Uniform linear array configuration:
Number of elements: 24
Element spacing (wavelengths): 0.5
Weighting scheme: hann
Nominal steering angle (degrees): -30
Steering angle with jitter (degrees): -29.467
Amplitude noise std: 0.05
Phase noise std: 0.05

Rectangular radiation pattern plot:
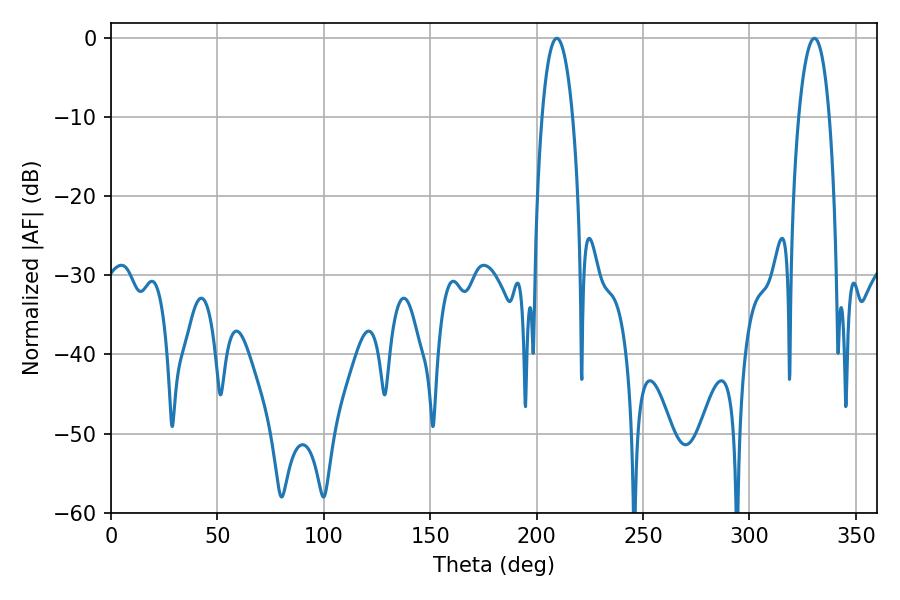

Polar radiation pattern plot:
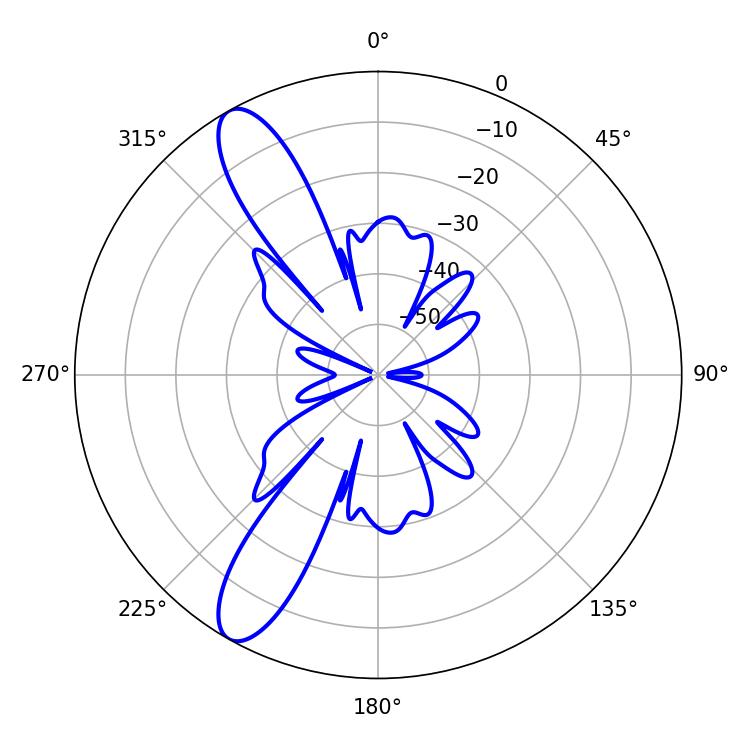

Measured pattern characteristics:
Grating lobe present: FALSE
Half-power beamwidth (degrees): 8.1
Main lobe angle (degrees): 209.52